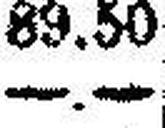
—.—